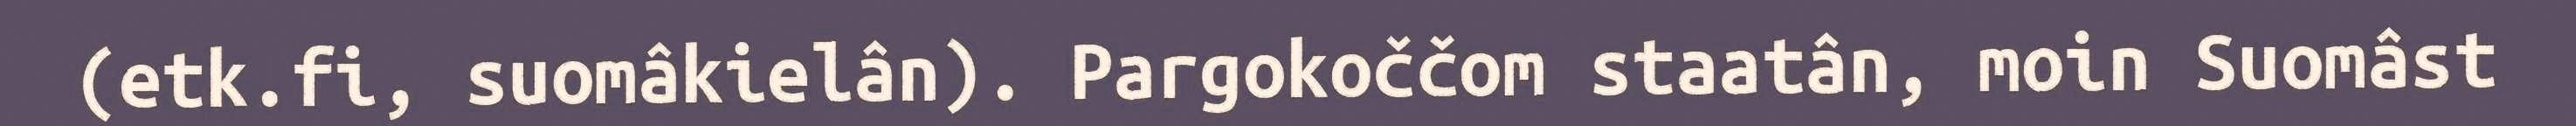
(etk.fi, suomâkielân). Pargokoččom staatân, moin Suomâst